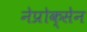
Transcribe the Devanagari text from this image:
नेप्रोक्सेन